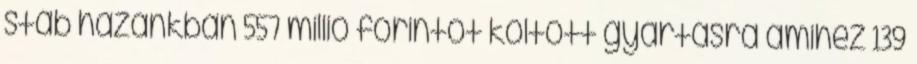
stáb hazánkban 557 millió forintot költött gyártásra amihez 139